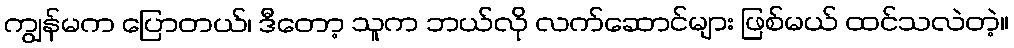
ကျွန်မက ပြောတယ်၊ ဒီတော့ သူက ဘယ်လို လက်ဆောင်များ ဖြစ်မယ် ထင်သလဲတဲ့။